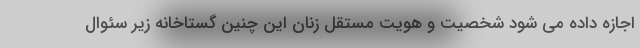
اجازه داده می شود شخصیت و هویت مستقل زنان این چنین گستاخانه زیر سئوال